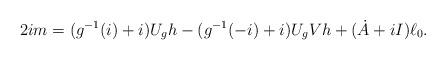
LaTeX: \begin{align*}2i m=(g^{-1}(i)+i)U_gh-(g^{-1}(-i)+i)U_gVh+(\dot A+iI)\ell_0.\end{align*}